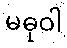
မဓုဝါ